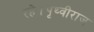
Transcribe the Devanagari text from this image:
रहे।पृथ्वीराज